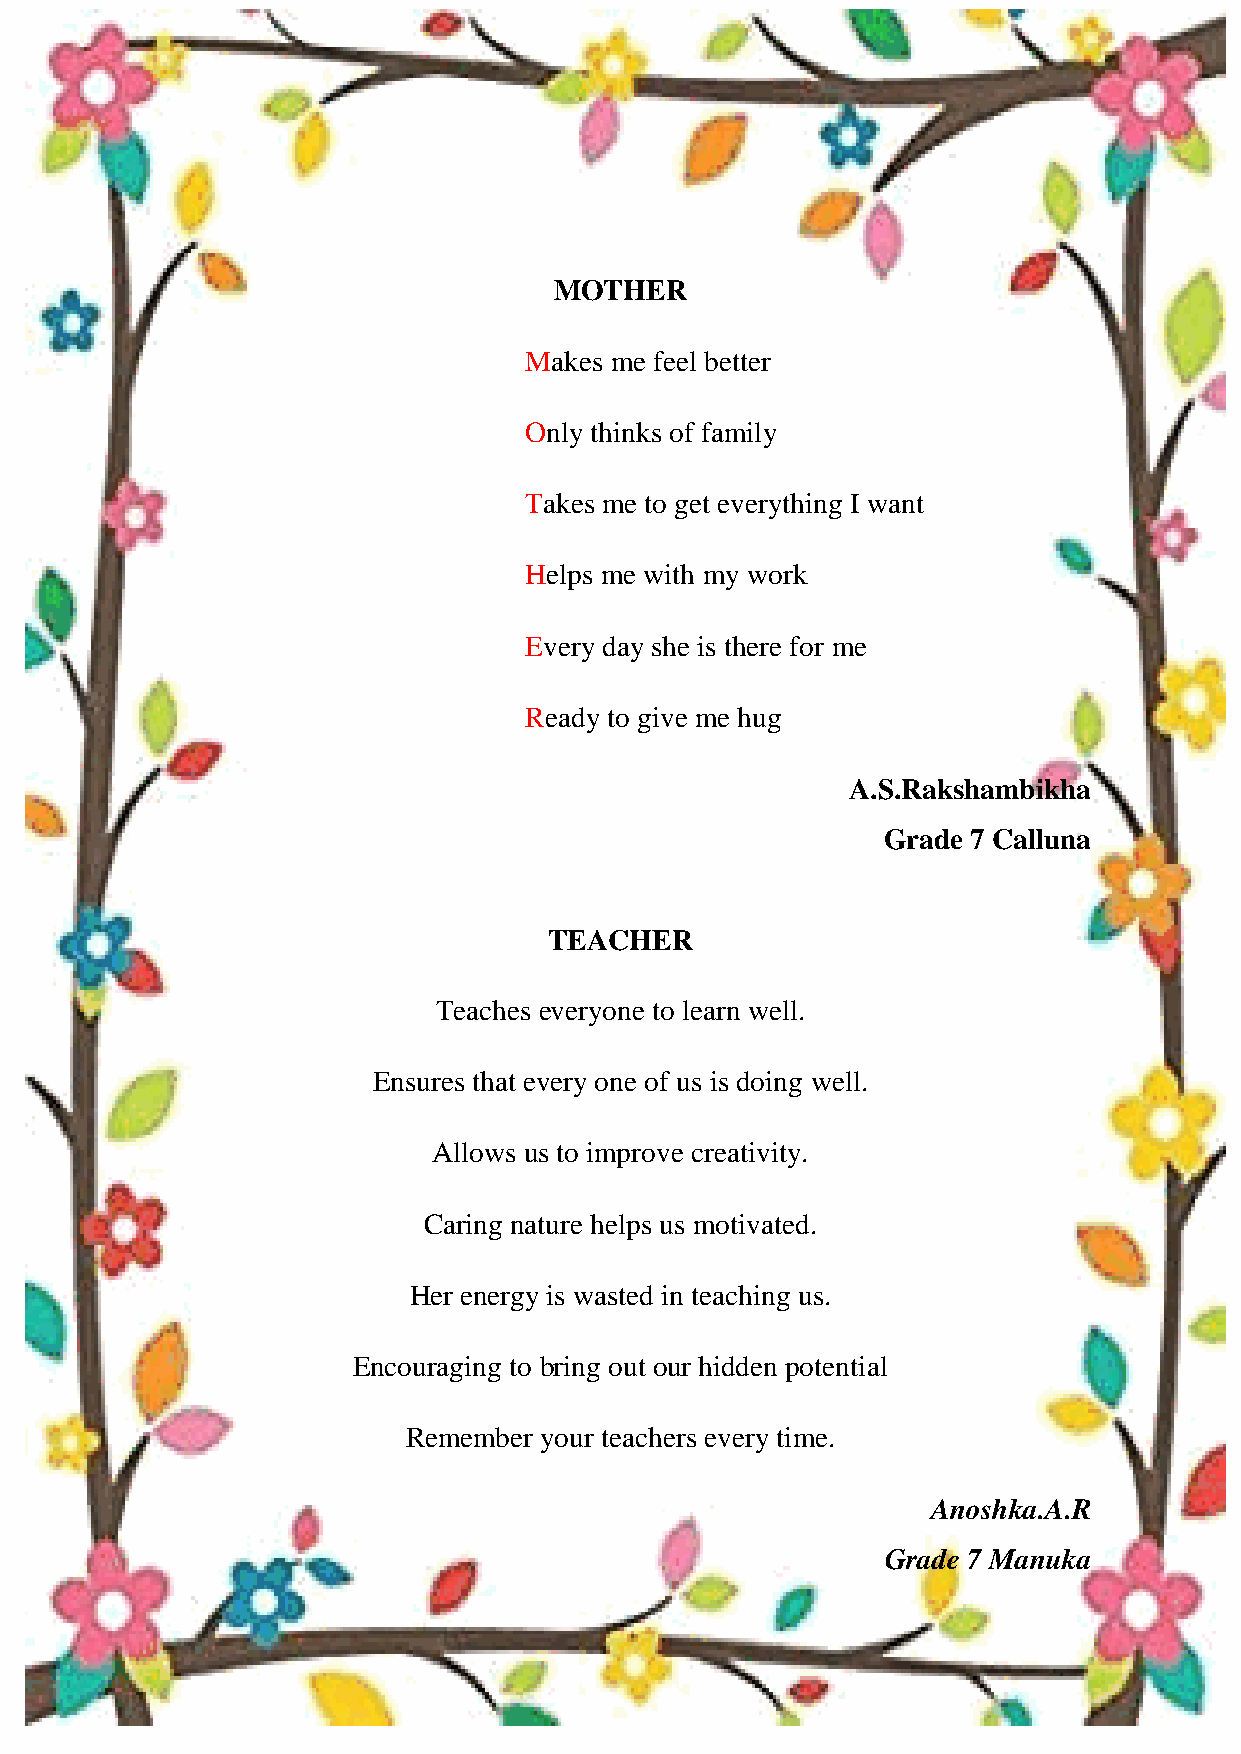
HONEY VIBES
 MOTHER
 Makes me feel better
 Only thinks of family
 Takes me to get everything I want
 Helps me with my work
 Every day she is there for me
 Ready to give me hug
 A.S.Rakshambikha
 Grade 7 Calluna
 TEACHER
 Teaches everyone to learn well.
 Ensures that every one of us is doing well.
 Allows us to improve creativity.
 Caring nature helps us motivated.
 Her energy is wasted in teaching us.
 Encouraging to bring out our hidden potential
 Remember your teachers every time.
 Anoshka.A.R
 Grade 7 Manuka
 51